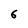
Character: 6